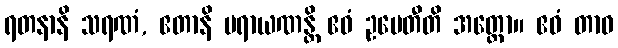
ရတနာနိ သရဏံ, ဧတာနိ ပရာယဏန္တိ ဧဝံ ဥပေတီတိ အတ္ထော။ ဧဝံ တာဝ